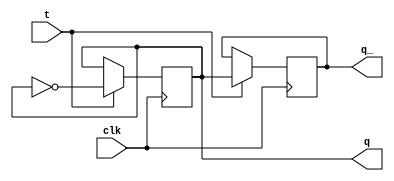
module t_flip_flop (
    input wire clk,
    input wire t,
    output reg q,
    output reg q_
);

always @(posedge clk) begin
    if (t == 1'b1) begin
        q <= ~q;
        q_ <= q;
    end
end

endmodule